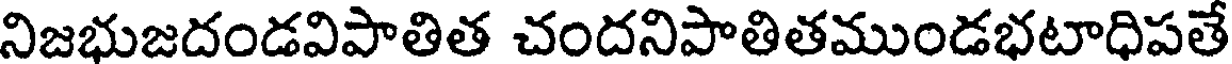
నిజభుజదండవిపాతిత చందనిపాతితముండభటాధిపతే